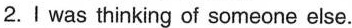
2.I was thinking of someone else.